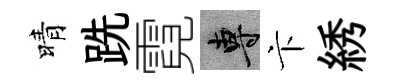
晴跣霓專卞綉